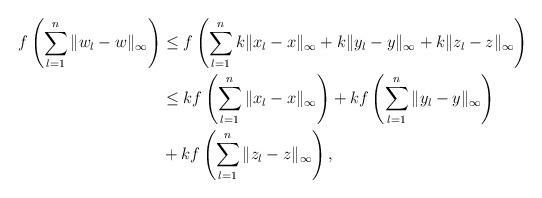
LaTeX: \begin{align*} f\left(\sum_{l=1}^n \|w_l-w\|_\infty \right) & \leq f\left(\sum_{l=1}^n k\|x_l-x\|_\infty+k\|y_l-y\|_\infty+k\|z_l-z\|_\infty\right)\\ &\leq kf\left(\sum_{l=1}^n \|x_l-x\|_\infty \right)+kf\left(\sum_{l=1}^n \|y_l-y\|_\infty \right)\\&+kf\left(\sum_{l=1}^n \|z_l-z\|_\infty \right),\end{align*}